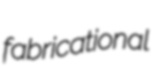
fabricational